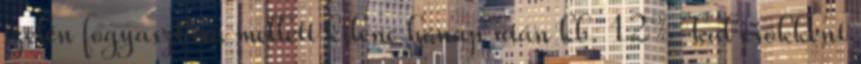
szelén fogyasztása mellett kilenc hónap után kb. 12%-kal csökkent